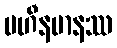
ပဟီနမာနဿ